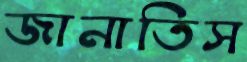
জানাতিস